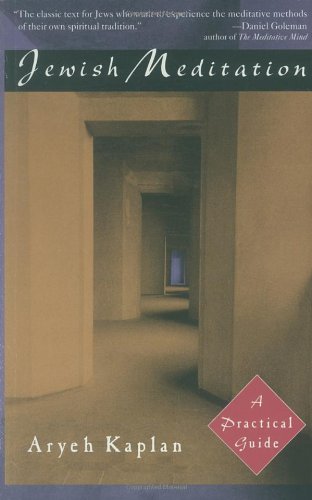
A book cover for Jewish Meditation: A Practical Guide; Aryeh Kaplan; Christian Books & Bibles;